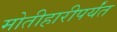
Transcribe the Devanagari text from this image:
मोतीहारीपर्यंत